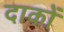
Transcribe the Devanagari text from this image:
दाकों